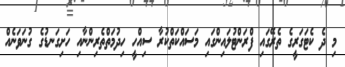
މި ދެ ކެޓަގަރީގެ ތެރޭގައި ފްރަންޓުލައިންގައި މަސައްކަތްކުރާ ސިއްހީ ހިދުމަތްތެރިންނާއި ހަށިގަނޑުގެ ގުނަވަނެއް